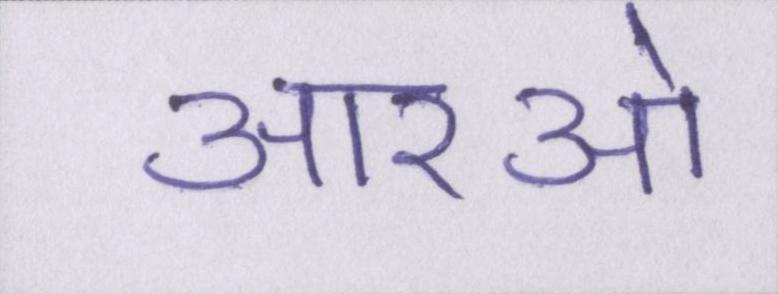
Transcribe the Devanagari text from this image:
आरओ